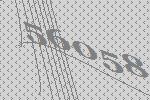
56058